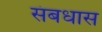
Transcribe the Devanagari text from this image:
संबधास